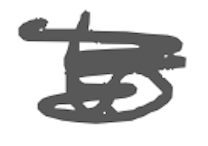
Text: to
Cross-out: scratch
Writing tool: digital_gray